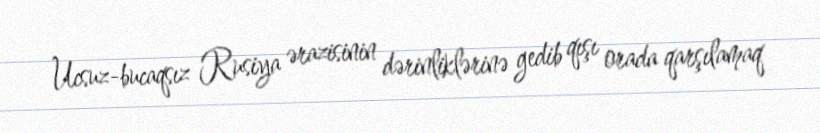
Ucsuz-bucaqsız Rusiya ərazisinin dərinliklərinə gedib qışı orada qarşılamaq